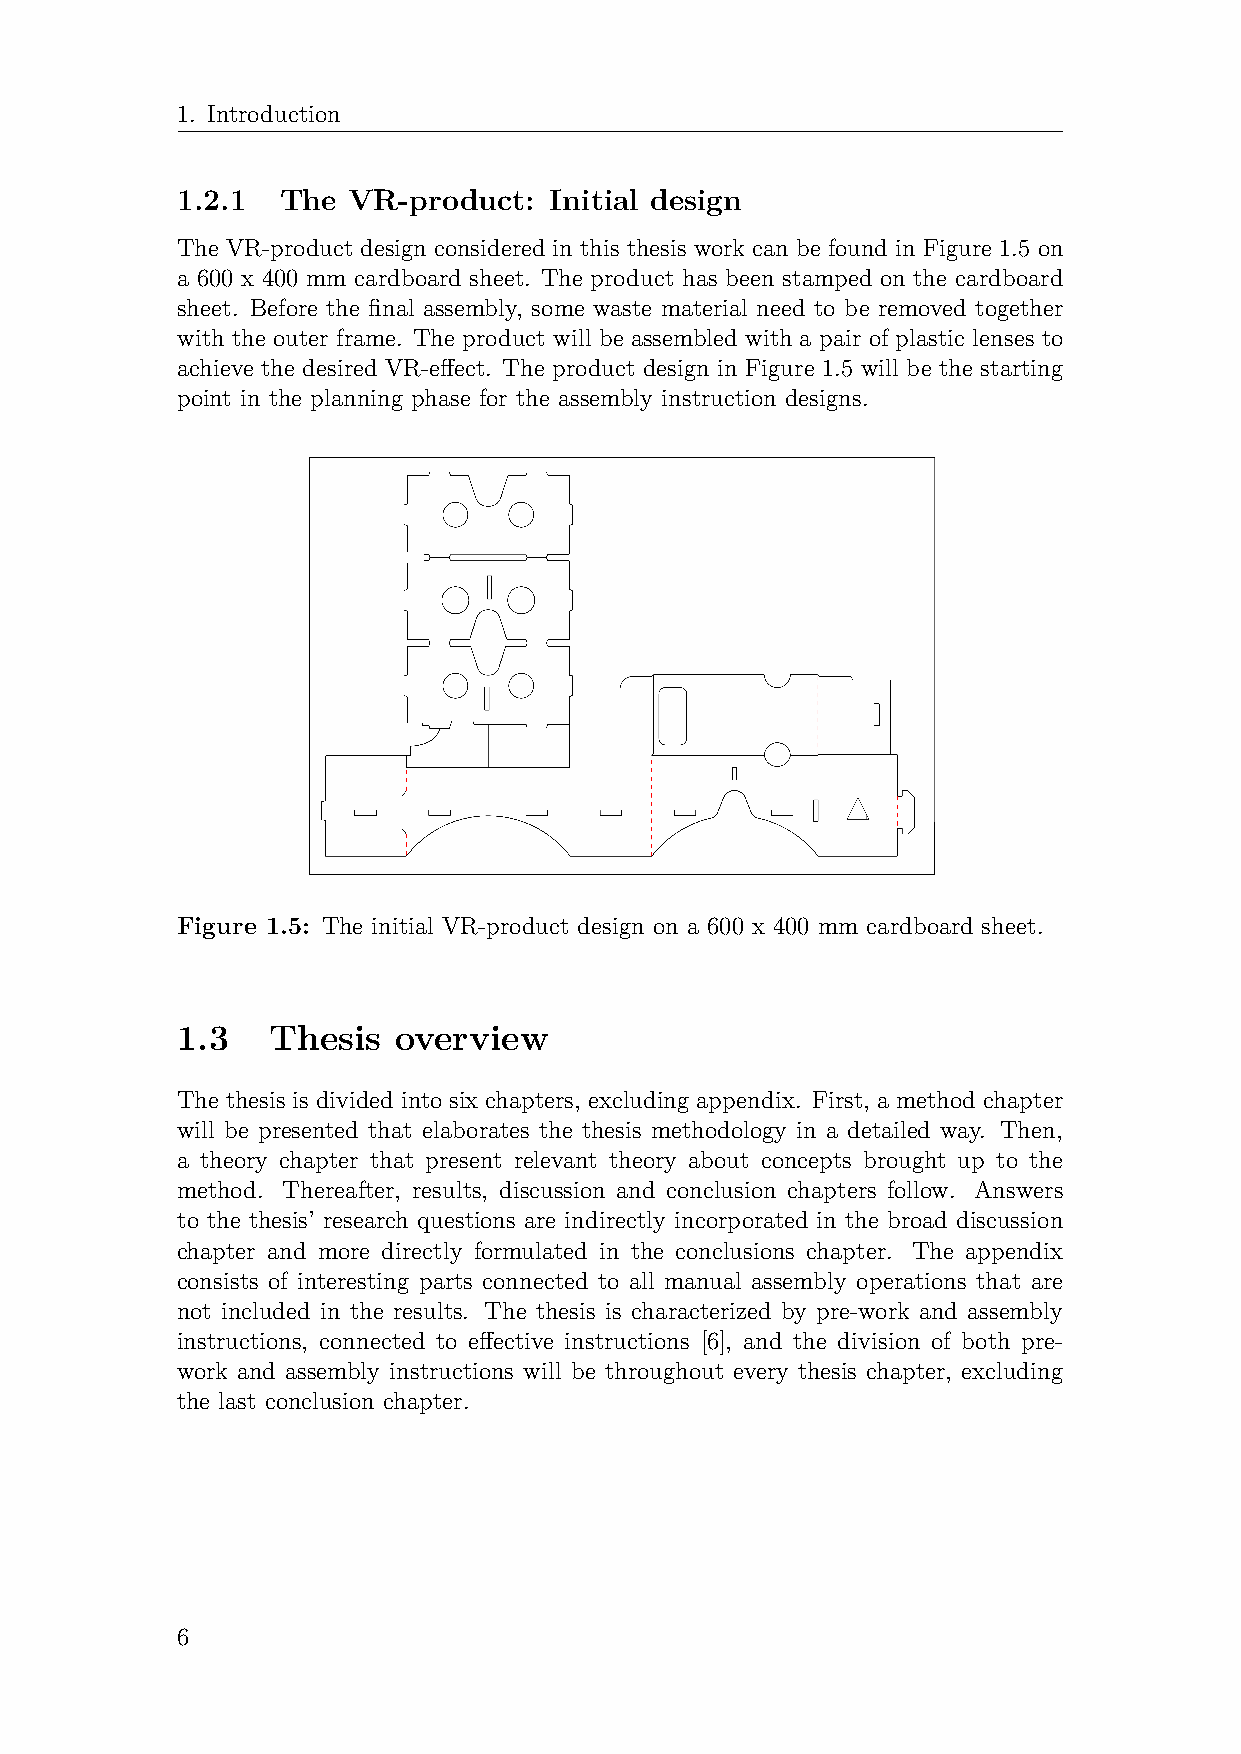
1. Introduction
 1.2.1  The VR-product:  Initial design
 The VR-product design considered in this thesis work can be found in Figure 1.5 on
 a 600 x 400 mm cardboard sheet. The product has been stamped on the cardboard
 sheet. Before the final assembly, some waste material need to be removed together
 with the outer frame. The product will be assembled with a pair of plastic lenses to
 achieve the desired VR-effect. The product design in Figure 1.5 will be the starting
 point in the planning phase for the assembly instruction designs.
 Figure 1.5: The initial VR-product design on a 600 x 400 mm cardboard sheet.
 1.3   Thesis  overview
 The thesis is divided into six chapters, excluding appendix. First, a method chapter
 will be presented that elaborates the thesis methodology in a detailed way. Then,
 a theory chapter that present relevant theory about concepts brought up to the
 method. Thereafter, results, discussion and conclusion chapters follow. Answers
 to the thesis’ research questions are indirectly incorporated in the broad discussion
 chapter and more directly formulated in the conclusions chapter. The appendix
 consists of interesting parts connected to all manual assembly operations that are
 not included in the results. The thesis is characterized by pre-work and assembly
 instructions, connected to effective instructions [6], and the division of both pre-
 work and assembly instructions will be throughout every thesis chapter, excluding
 the last conclusion chapter.
 6